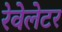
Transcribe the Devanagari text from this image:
रेवेलेटर